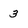
Character: 3